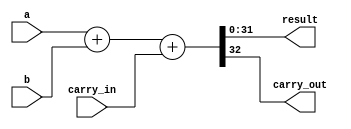
module adder32(
    input wire[31:0] a, b,
    input wire carry_in,
    output wire[31:0] result,
    output wire carry_out
);

assign {carry_out, result} = {1'b0, a} + {1'b0, b} + {32'b0, carry_in};

endmodule